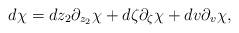
LaTeX: \begin{align*}d\chi =dz_{2}\partial _{z_{2}}\chi +d\zeta \partial _{\zeta }\chi+dv\partial _{v}\chi , \end{align*}